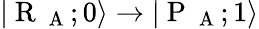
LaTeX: |\mathrm{~R~}_{\mathrm{~A~}};0\rangle\rightarrow|\mathrm{~P~}_{\mathrm{~A~}};1\rangle